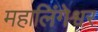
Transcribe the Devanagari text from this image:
महालिंगेश्वर